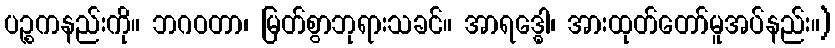
ပဉ္စကနည်းကို။ ဘဂဝတာ၊ မြတ်စွာဘုရားသခင်။ အာရဒ္ဓေါ၊ အားထုတ်တော်မူအပ်နည်း။)